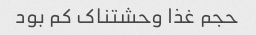
حجم غذا وحشتناک کم بود